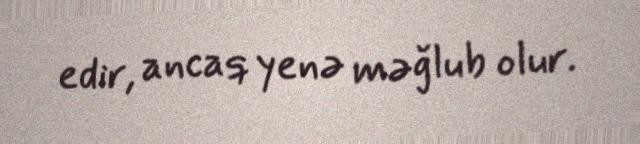
edir, ancaq yenə məğlub olur.